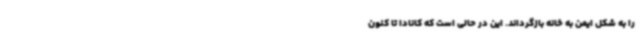
را به شکل ایمن به خانه بازگرداند. این در حالی است که کانادا تا کنون